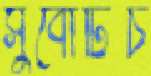
সুবোটিচ